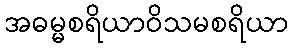
အဓမ္မစရိယာဝိသမစရိယာ